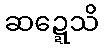
ဆဍ္ဍေသိ